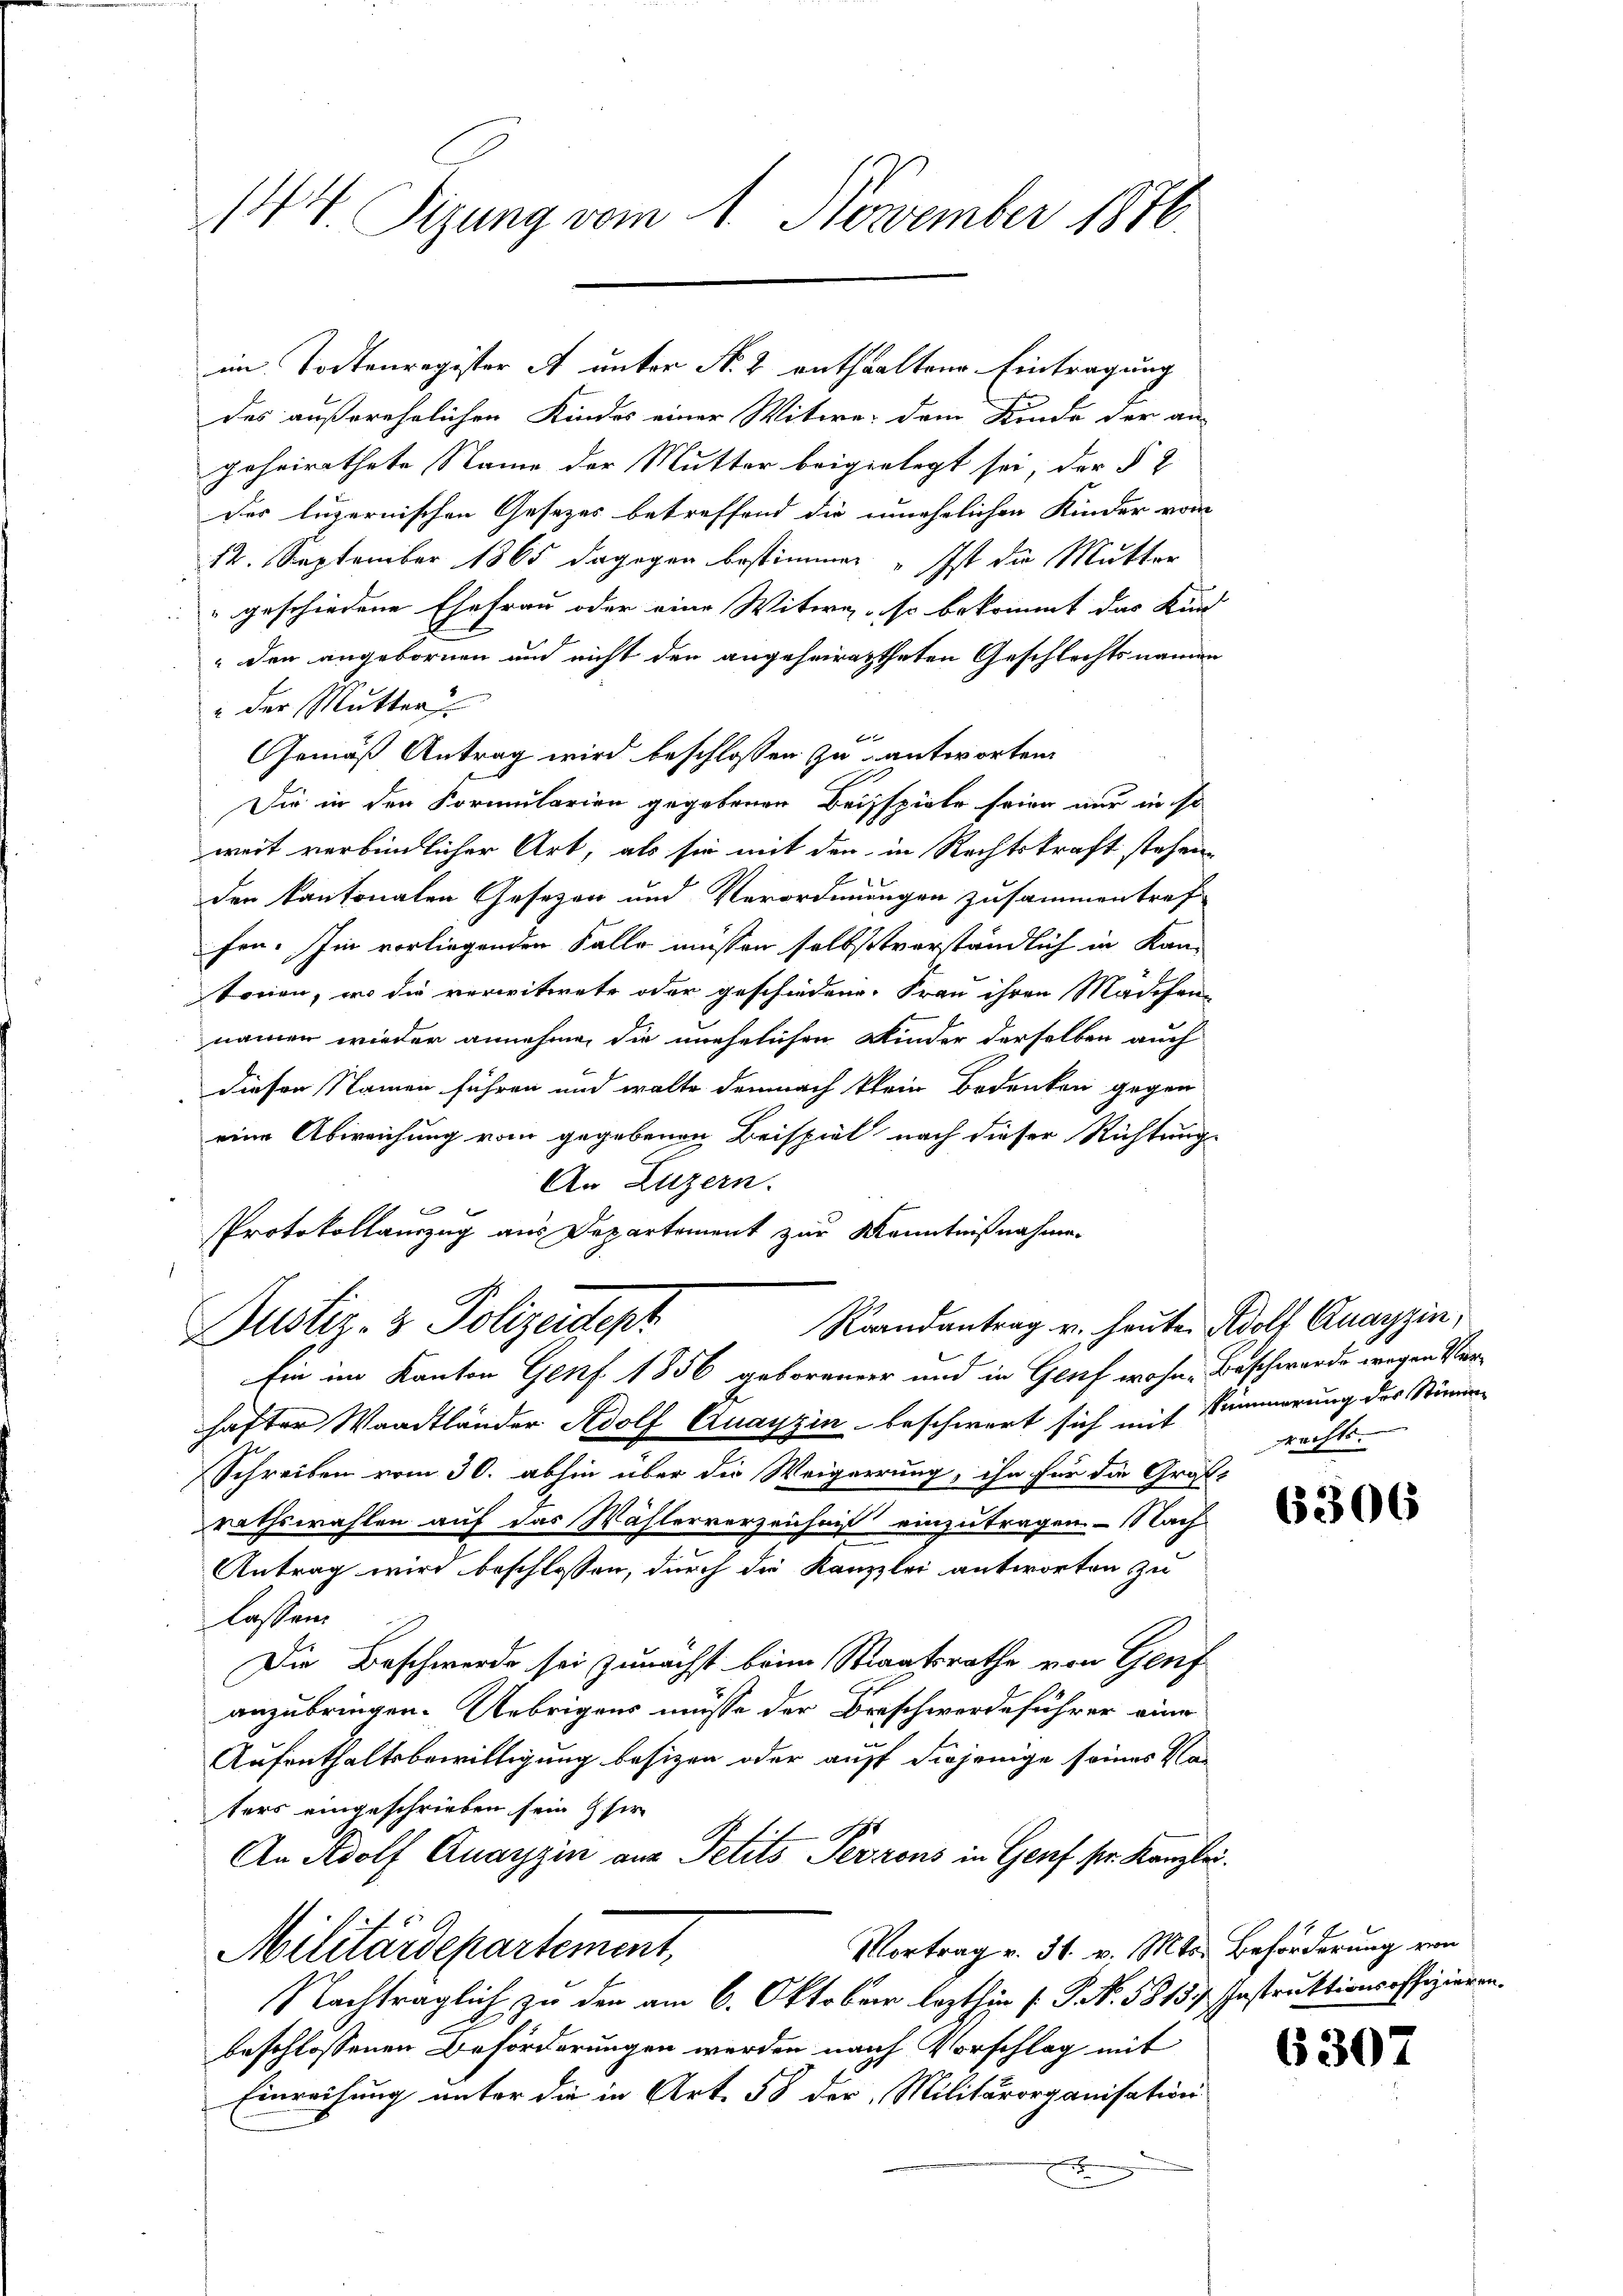
144. Sizung vom 1. November 1876.

des außerehelichen Kindes einer Witwe dem Kinde der an-
geheirathete Name der Mutter beigelegt sei, der § 2
der luzernischen Gesetzes betreffend die unehelichen Kinder vom
12. September 1865 dagegen bestimmen „Ist die Mutter
" geschiedene Ehefrau oder eine Witwe, so bekommt das Kind
" den angebornen und nicht den angeheiratheten Geschlechtsnamen
" der Mutter
e
Gemäß Antrag wird beschlossen zu antworten.
Die in den Formularien gegebenen Beispiele seine nur in so
weit verbindlicher Art, als sie mit den in Rechtskraft stehen,
den kantonalen Gesezen und Verordnungen zusammentref-
fen. Im vorliegenden Falle müssen selbstverständlich in Kan-
tonen, wo die verwitwete oder geschiedene Frau ihren Mädchen-
namen wieder annehmen die unehelichen Kinder derselben auch
diesen Namen führen und walte demnach klein Bedenken gegen
eine Abweichung vom gegebenen Beispiel nach dieser Richtung.
An Luzern.
PProtokollauszug aus Departement zur Kenntnißnahme.
Raandantrag u. heute Adolf Quayzin,
Justiz- & Polizeidept
Ein im Kanton Genf 1856 geborener und in Genf wohne Beschwerde wegen Ver-
hafter Waadtländer Adolf Quayzin beschwert sich mit Simmerung des Stimm-
Schreiben vom 30. abhin über die Weigerung, ihn für die Groß-
rathswahlen auf das Wählerverzeichniß einzutragen. - Nach
Antrag wird beschlossen, durch die Kanzlei antworten zu
lassen.
Die Beschwerde sei zunächst beim Staatsrathe von Genf
anzubringen. Uebrigens müsse der Braschwerdeführer eine
Aufenthaltsbewilligung besizen oder auff diejenige seines Vaters eingeschrieben sein sie
I
An Adolf Quartin aus Petits Terrons in Genf sr. Kanzlei¬
Vortrag v. 31. v. Mts. Beförderung von
Militärdepartement,
Nachträglich zu den am 6. Oktober lezthin (: P. N. 5815. Instruktionsoffizieren.
beschlossenen Beförderungen werden nach Vorschlag mit
Einreihung unter die in Art. 58 der Militärorganisation
x

im Todtenregister A unter No. 2 enthaltene Eintragung

pächte.

6306

6307